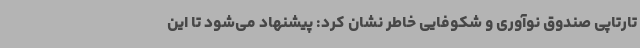
تارتاپی صندوق نوآوری و شکوفایی خاطر نشان کرد: پیشنهاد می‌شود تا این